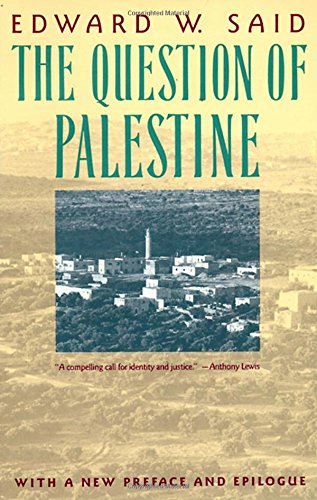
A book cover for The Question of Palestine; Edward W. Said; History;